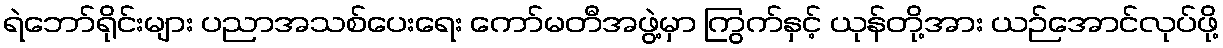
ရဲဘော်ရိုင်းများ ပညာအသစ်ပေးရေး ကော်မတီအဖွဲ့မှာ ကြွက်နှင့် ယုန်တို့အား ယဉ်အောင်လုပ်ဖို့